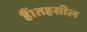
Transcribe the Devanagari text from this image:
हैं।तहसील